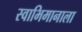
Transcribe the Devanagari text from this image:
स्वाभिमानाला